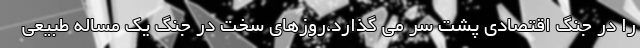
را در جنگ اقتصادی پشت سر می گذارد،روزهای سخت در جنگ یک مساله طبیعی